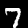
Label: 7